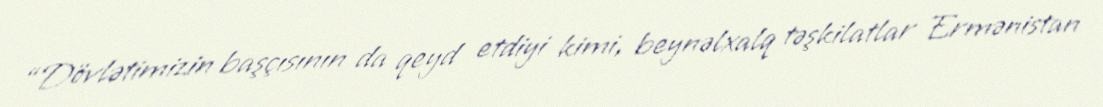
“Dövlətimizin başçısının da qeyd etdiyi kimi, beynəlxalq təşkilatlar Ermənistan